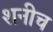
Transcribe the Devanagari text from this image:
शनीच